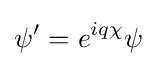
\psi '=e^{iq\chi }\psi